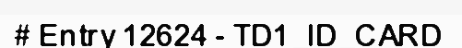
# Entry 12624 - TD1_ID_CARD